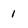
Character: 1